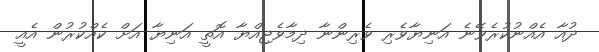
ދުއާ އެއްނުކުރެވޭނެ އަނިޔާވެރި ވެރިންނާ ދިމާވެޖިއްޔާ އޮތީ އަނިޔާ އަށް ކެއްކުރުން އެއީ